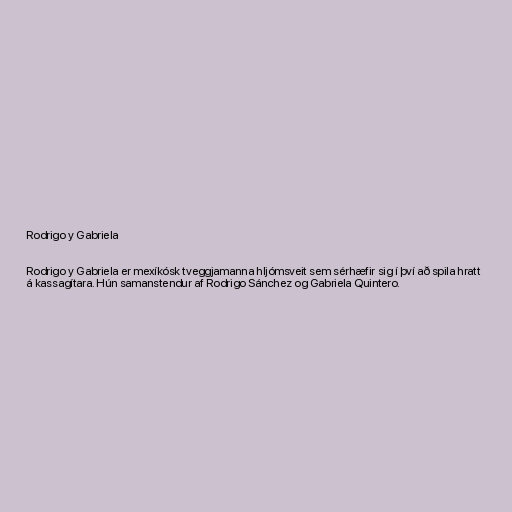
Rodrigo y Gabriela

Rodrigo y Gabriela er mexíkósk tveggjamanna hljómsveit sem sérhæfir sig í því að spila hratt
á kassagítara. Hún samanstendur af Rodrigo Sánchez og Gabriela Quintero.